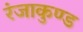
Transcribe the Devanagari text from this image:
रंजाकुण्ड